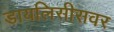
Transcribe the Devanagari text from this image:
डायलिसीसवर